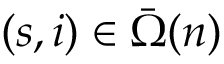
( s , i ) \in \bar { \Omega } ( n )